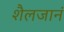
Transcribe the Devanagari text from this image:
शैलजानं